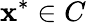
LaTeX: \mathbf{x^{\ast}}\in C